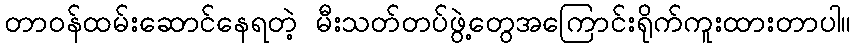
တာဝန်ထမ်းဆောင်နေရတဲ့ မီးသတ်တပ်ဖွဲ့တွေအကြောင်းရိုက်ကူးထားတာပါ။